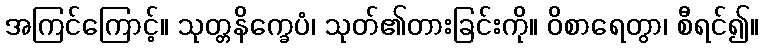
အကြင်ကြောင့်။ သုတ္တနိက္ခေပံ၊ သုတ်၏တားခြင်းကို။ ဝိစာရေတွာ၊ စီရင်၍။